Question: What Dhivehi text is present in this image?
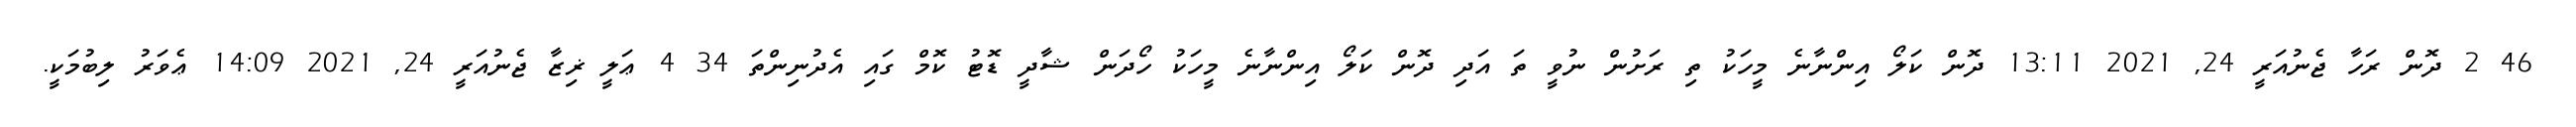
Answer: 46 2 ދޮން ރަހާ ޖެނުއަރީ 24, 2021 13:11 ދޮން ކަލޯ އިންނާނެ މީހަކު ތި ރަށުން ނުވީ ތަ އަދި ދޮން ކަލޯ އިންނާނެ މީހަކު ހޯދަން ޝާދީ ޑޮޓު ކޮމް ގައި އެދުނިންތަ 34 4 ޢަލީ ޜިޒާ ޖެނުއަރީ 24, 2021 14:09 ޢެވަރު ލިބުމަކީ.